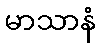
မာသာနံ